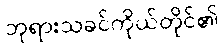
ဘုရားသခင်ကိုယ်တိုင်၏